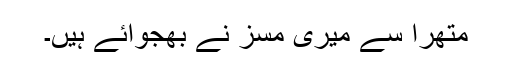
متھرا سے میری مسز نے بھجوائے ہیں۔